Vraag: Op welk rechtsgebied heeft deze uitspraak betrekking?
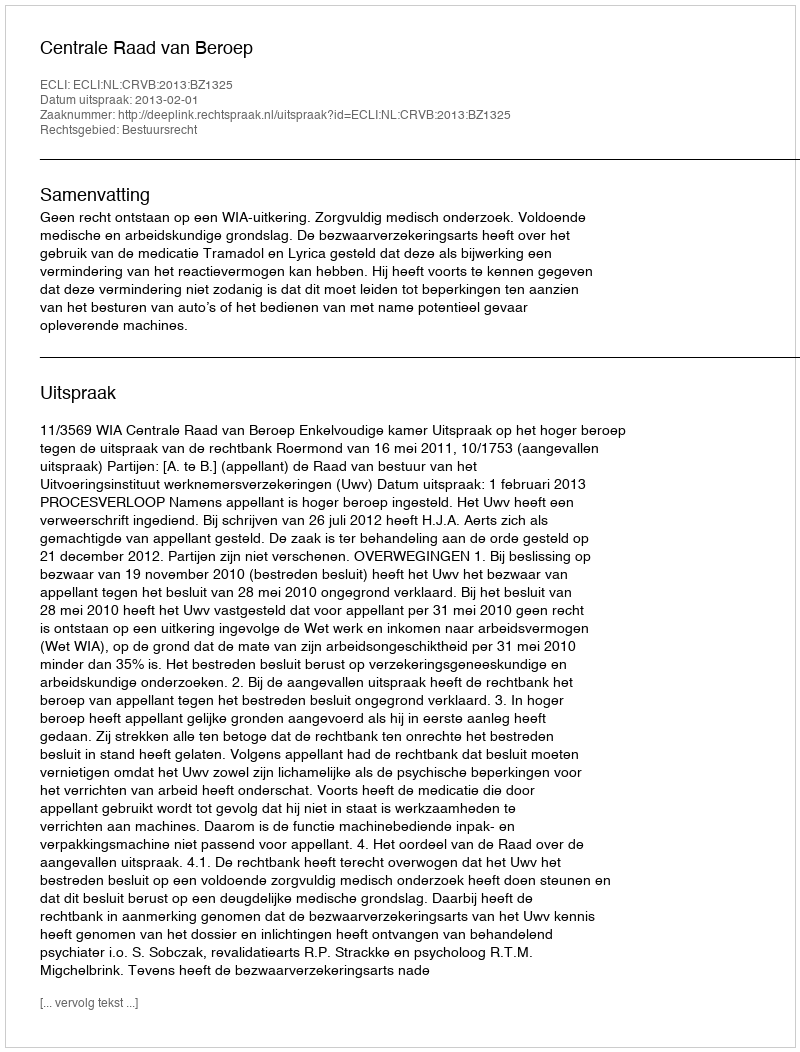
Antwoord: Bestuursrecht